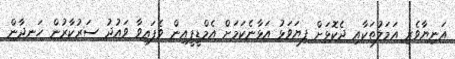
އަނިޔާވެރި އަމަލުތަކާއި ދެކޮޅަށް ފިޔަވަޅު އަޅާނެކަމަށް އެމްޑީޕީއިން ވެފައިވާ ވައުދު ސަރުކާރުން ހަނދާން